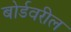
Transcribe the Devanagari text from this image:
बोर्डवरील